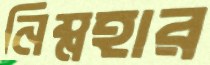
নিম্নহার